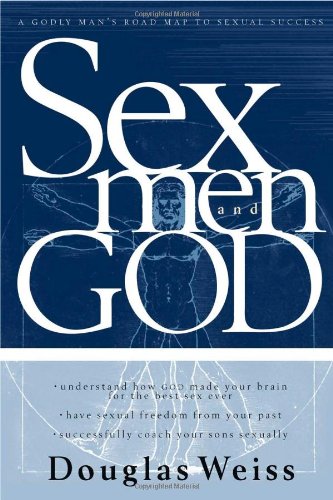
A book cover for Sex, God And Men: A godly man's road map to sexual success; Douglas Weiss; Health, Fitness & Dieting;